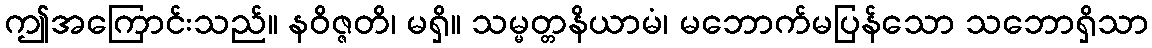
ဤအကြောင်းသည်။ နဝိဇ္ဇတိ၊ မရှိ။ သမ္မတ္တနိယာမံ၊ မဘောက်မပြန်သော သဘောရှိသာ